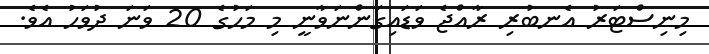
މިނިސްޓަރު އެނބުރި ރާއްޖެ ވަޑައިގަންނަވާނީ މި މަހުގެ 20 ވަނަ ދުވަހު އެވެ.